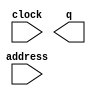
module cordic_factor_exp_rom_ip (
	address,
	clock,
	q);

	input	[7:0]  address;
	input	  clock;
	output	[63:0]  q;
`ifndef ALTERA_RESERVED_QIS
// synopsys translate_off
`endif
	tri1	  clock;
`ifndef ALTERA_RESERVED_QIS
// synopsys translate_on
`endif

endmodule